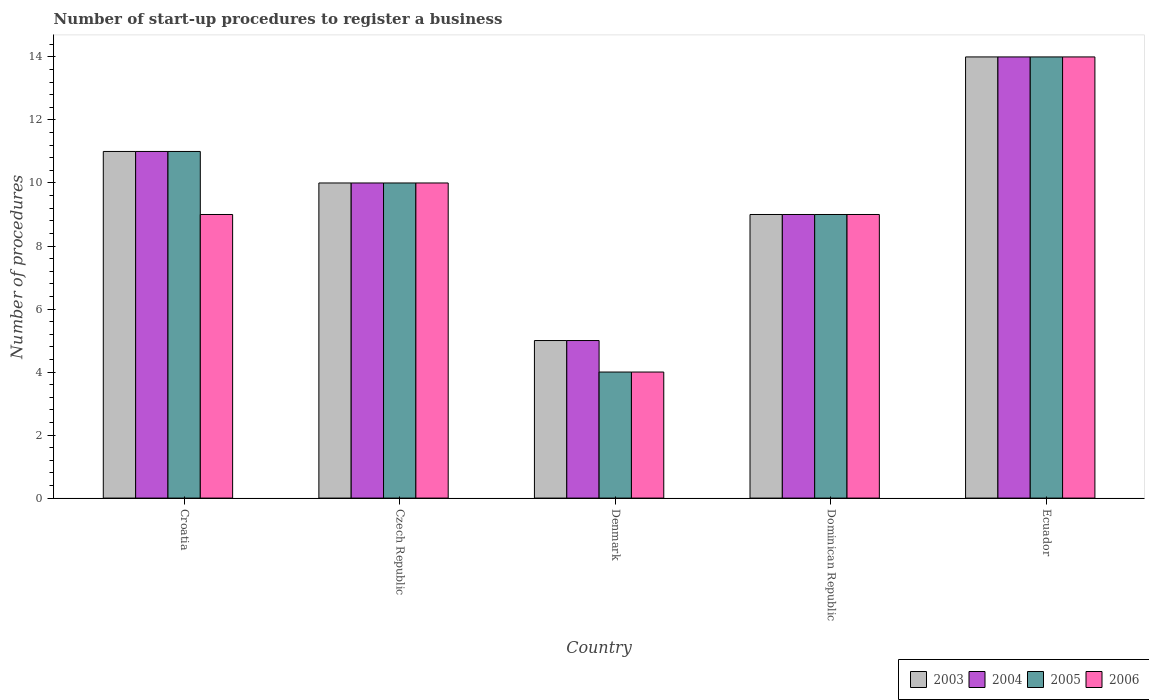
| Country | 2003 | 2004 | 2005 | 2006 |
 | --- | --- | --- | --- | --- |
 | Croatia | 11 | 11 | 11 | 9 |
 | Czech Republic | 10 | 10 | 10 | 10 |
 | Denmark | 5 | 5 | 4 | 4 |
 | Dominican Republic | 9 | 9 | 9 | 9 |
 | Ecuador | 14 | 14 | 14 | 14 |